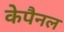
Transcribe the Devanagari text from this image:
केपैनल